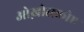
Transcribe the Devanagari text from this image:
ओख़ोत्स्कोए